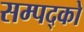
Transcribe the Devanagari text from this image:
सम्पद्को